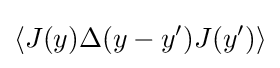
\langle J(y)\Delta (y-y')J(y')\rangle